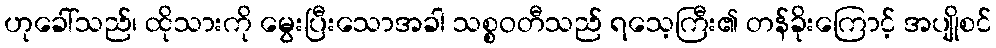
ဟုခေါ်သည်၊ ထိုသားကို မွေးပြီးသောအခါ သစ္စဝတီသည် ရသေ့ကြီး၏ တန်ခိုးကြောင့် အပျိုစင်